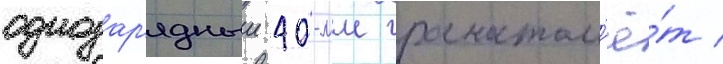
однозар'ядныи 40-мм гранатом'ё́т /